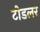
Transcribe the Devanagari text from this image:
टोडलर